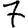
Digit: 7